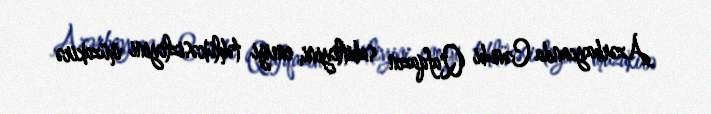
Azərbaycanda Cənubi Qafqazın sabitliyini, enerji təhlükəsizliyini müzakirə